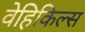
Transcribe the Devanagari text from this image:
वेहिकिल्स